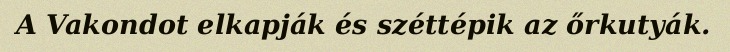
A Vakondot elkapják és széttépik az őrkutyák.